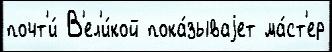
почт'и́ В'ел'и́кой пока́зываjет ма́ст'ер